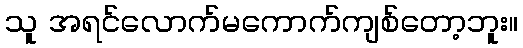
သူ အရင်လောက်မကောက်ကျစ်တော့ဘူး။